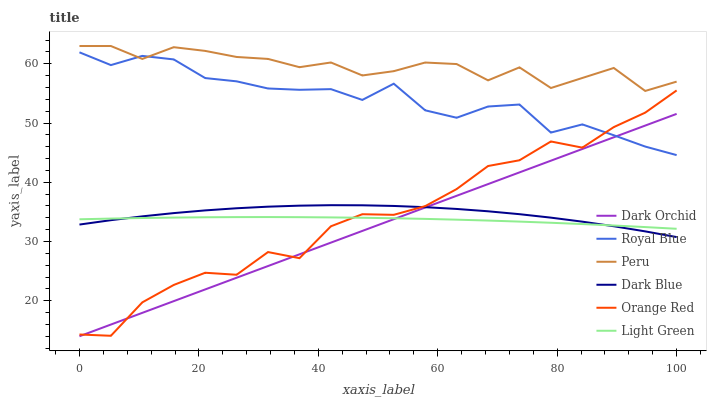
| xaxis_label | Dark Orchid | Royal Blue | Peru | Dark Blue | Orange Red | Light Green |
 | --- | --- | --- | --- | --- | --- | --- |
 | 0 | 14 | 61.9 | 63 | 32.9 | 14.3 | 33.7 |
 | 5.26 | 16 | 59.8 | 63 | 33.6 | 14.1 | 33.9 |
 | 10.5 | 18 | 61.3 | 60.8 | 34.2 | 19.7 | 34 |
 | 15.8 | 19.9 | 60.7 | 62.8 | 34.8 | 22.7 | 34 |
 | 21.1 | 21.9 | 57.6 | 62.2 | 35.2 | 24.7 | 34.1 |
 | 26.3 | 23.9 | 57 | 61.2 | 35.6 | 24.4 | 34.1 |
 | 31.6 | 25.9 | 55.8 | 60.8 | 35.9 | 28.2 | 34.1 |
 | 36.8 | 27.8 | 55.6 | 59.4 | 36 | 27.2 | 34.1 |
 | 42.1 | 29.8 | 55.7 | 60.2 | 36.1 | 32.6 | 34.1 |
 | 47.4 | 31.8 | 53.9 | 58 | 36.1 | 34.6 | 34 |
 | 52.6 | 33.8 | 56.6 | 58.8 | 36 | 34.5 | 33.9 |
 | 57.9 | 35.7 | 52.1 | 60.2 | 35.8 | 36 | 33.8 |
 | 63.2 | 37.7 | 50.9 | 60 | 35.5 | 38.8 | 33.7 |
 | 68.4 | 39.7 | 52.8 | 57.2 | 35.1 | 42.7 | 33.5 |
 | 73.7 | 41.7 | 53.1 | 59.4 | 34.6 | 43.7 | 33.4 |
 | 78.9 | 43.6 | 48.4 | 55.9 | 34 | 46.9 | 33.2 |
 | 84.2 | 45.6 | 49.8 | 57.6 | 33.3 | 45.8 | 32.9 |
 | 89.5 | 47.6 | 47.9 | 59.3 | 32.6 | 49.3 | 32.7 |
 | 94.7 | 49.6 | 46 | 55.4 | 31.7 | 51.8 | 32.4 |
 | 100 | 51.5 | 44.6 | 57 | 30.7 | 55.5 | 32.1 |